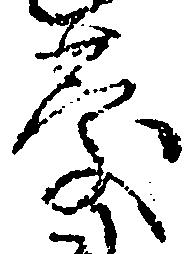
慶